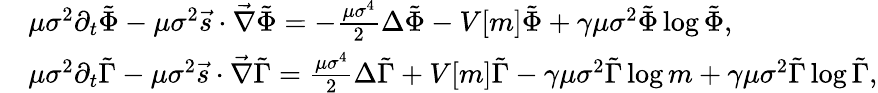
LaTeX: \begin{array}{rl}&{\mu\sigma^{2}\partial_{t}\tilde{\Phi}-\mu\sigma^{2}\vec{s}\cdot\vec{\nabla}\tilde{\Phi}=-\frac{\mu\sigma^{4}}{2}\Delta\tilde{\Phi}-V[m]\tilde{\Phi}+\gamma\mu\sigma^{2}\tilde{\Phi}\log{\tilde{\Phi}},}\\ &{\mu\sigma^{2}\partial_{t}\tilde{\Gamma}-\mu\sigma^{2}\vec{s}\cdot\vec{\nabla}\tilde{\Gamma}=\frac{\mu\sigma^{4}}{2}\Delta\tilde{\Gamma}+V[m]\tilde{\Gamma}-\gamma\mu\sigma^{2}\tilde{\Gamma}\log{m}+\gamma\mu\sigma^{2}\tilde{\Gamma}\log{\tilde{\Gamma}},}\end{array}